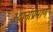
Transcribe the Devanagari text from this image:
स्थानांप्रमाणे